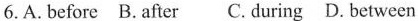
6. A. Before B.After C. During D. Between